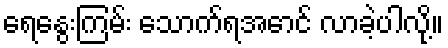
ရေနွေးကြမ်း သောက်ရအောင် လာခဲ့ပါလို့။